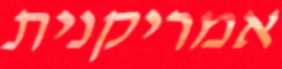
אמריקנית